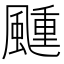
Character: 𬱴